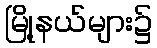
မြို့နယ်များ၌